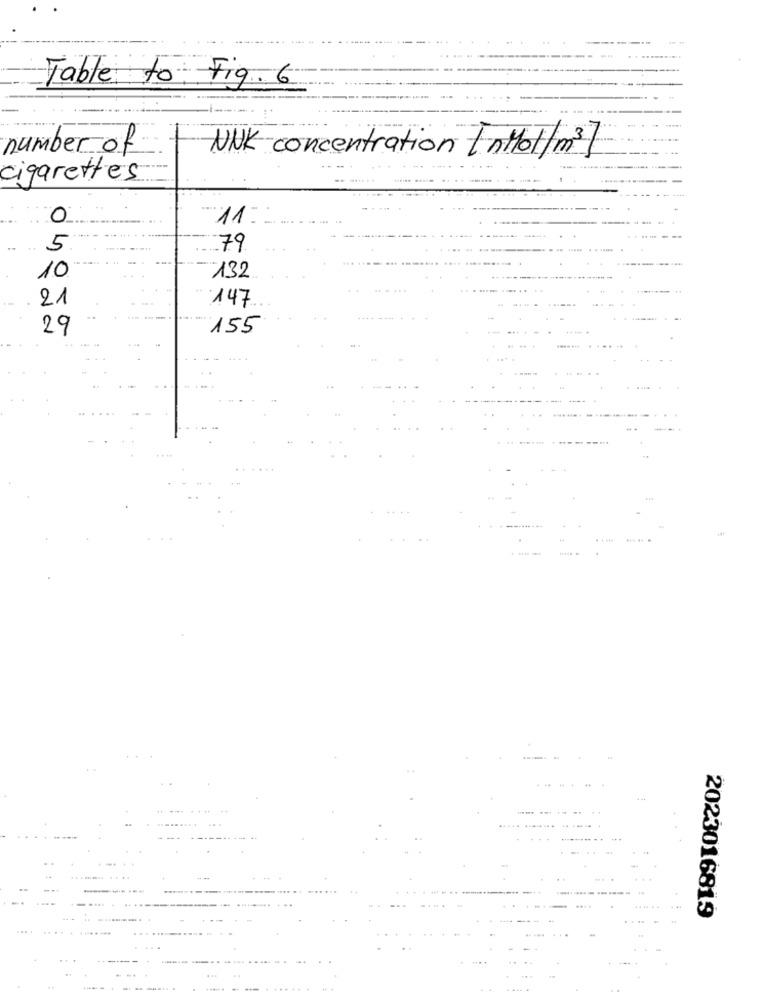
Table to Fig. 6
number of
NNK concentration [n/01/m3]
cigarettes.
0
11:
5
79
10
132
21
147
29
155
... .. .
2023016819
....
-